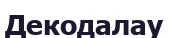
Декодалау